system: You are a helpful assistant.
user:
Analyze the provided spectrum to determine if it is a **M-type Giant (gM)**.

A M-type Giant spectrum is defined by its **strong molecular absorption** features, particularly from **Titanium Oxide (TiO)**. You must check for one of the following mutually exclusive signatures:

- **Key Visual Indicators (Absorption-Dominated Spectrum):**

    - **(Primary):** The spectrum is dominated by strong molecular absorption from **Titanium Oxide (TiO)**. This is the **defining feature** of its M-type temperature class.
        - **(Key Bandheads):** Look for sharp, "saw-tooth" absorption valleys. The strongest are located near **~7050 Å**, **~6160 Å**, and **~5170 Å**.
        - **(Line Profile):** The "saw-tooth" morphology is critical: a **sharp, steep drop on the BLUE (short-wavelength) side** of the bandhead, followed by a gradual recovery (rising flux) towards the RED (long-wavelength) side.

    - **(Key Confirmation - Giant vs. Dwarf):** **ABSENCE** of strong **Calcium Hydride (CaH)** molecular bands. This is the primary diagnostic for *excluding* M-dwarfs.
        - **(Key Region):** The spectrum should lack the strong, broad absorption band seen in dwarfs between **~6800 Å and ~7000 Å**.

    - **(Secondary Confirmation - Giant):** A very strong and broad **Neutral Calcium (Ca I)** atomic absorption line.
        - **(Key Line):** Located at **~4226 Å**. In a giant (gM), this line is significantly deeper and broader than the same line in an M-dwarf (dM) due to low surface gravity.

    - **(Overall Spectrum):**
        - The continuum is **extremely red-sloping** (i.e., flux is very low in the blue and rises dramatically towards the red).
        - The entire spectrum appears "chopped up" by the deep TiO bands.

Think first, call **spectral_visualization_tool** if needed to examine features in detail, then provide your final answer. Your response must adhere to the following strict rules:
1.  **Overall Structure:** Your response must follow the format `<think>...</think> <tool_call>...</tool_call> (if a tool is used) <answer>...</answer>`.
2.  **Tool Usage Constraint:** You may only make **one** tool call per turn.
3.  **Final Answer Format:** In the `<answer>` tag, your conclusion must be inside a `\boxed{}` command (e.g., `\boxed{YES}` or `\boxed{NO}`), followed by your justification.

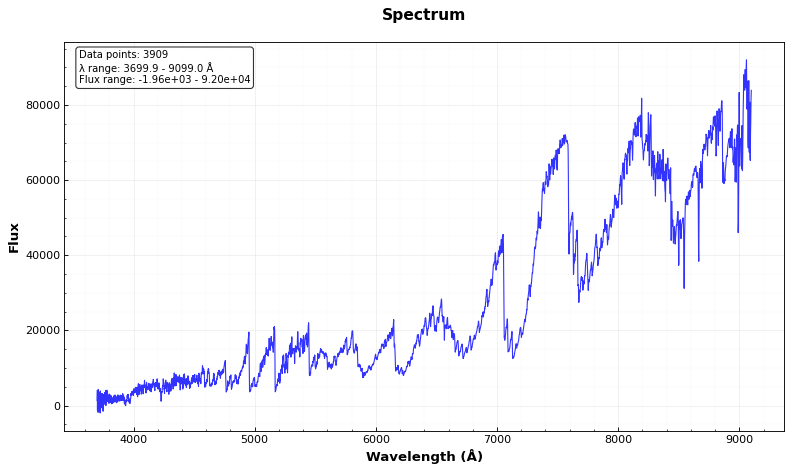
Answer: YES